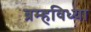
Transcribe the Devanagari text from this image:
ब्रम्हविध्या